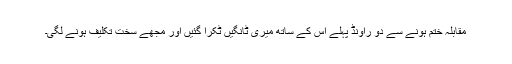
مقابلہ ختم ہونے سے دو راؤنڈ پہلے اس کے ساتھ میری ٹانگیں ٹکرا گئیں اور مجھے سخت تکلیف ہونے لگی۔